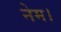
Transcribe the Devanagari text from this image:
नेम।